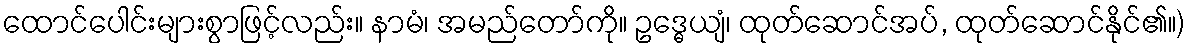
ထောင်ပေါင်းများစွာဖြင့်လည်း။ နာမံ၊ အမည်တော်ကို။ ဥဒ္ဓေယျံ၊ ထုတ်ဆောင်အပ်, ထုတ်ဆောင်နိုင်၏။)